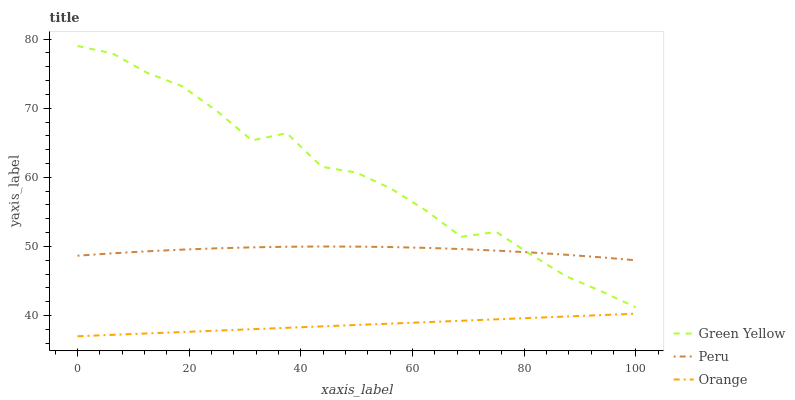
| xaxis_label | Green Yellow | Peru | Orange |
 | --- | --- | --- | --- |
 | 0 | 79 | 48.7 | 37 |
 | 6.25 | 77.9 | 49 | 37.2 |
 | 12.5 | 75.1 | 49.3 | 37.4 |
 | 18.8 | 73.2 | 49.5 | 37.6 |
 | 25 | 69.6 | 49.7 | 37.8 |
 | 31.2 | 65.3 | 49.9 | 38 |
 | 37.5 | 66.4 | 50 | 38.2 |
 | 43.8 | 61.5 | 50 | 38.4 |
 | 50 | 60.7 | 50 | 38.6 |
 | 56.2 | 58.3 | 49.9 | 38.8 |
 | 62.5 | 55.1 | 49.8 | 39 |
 | 68.8 | 51.4 | 49.6 | 39.2 |
 | 75 | 52.1 | 49.4 | 39.4 |
 | 81.2 | 48.8 | 49.1 | 39.7 |
 | 87.5 | 45.7 | 48.8 | 39.9 |
 | 93.8 | 43.5 | 48.4 | 40.1 |
 | 100 | 41.2 | 48 | 40.3 |